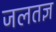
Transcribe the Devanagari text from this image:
जलतज्ञ